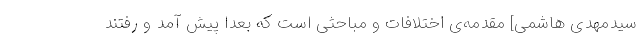
سیدمهدی هاشمی] مقدمه‌ی اختلافات و مباحثی است که بعدا پیش آمد و رفتند